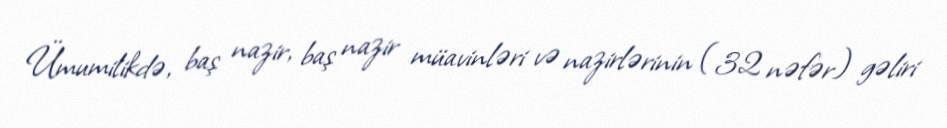
Ümumilikdə, baş nazir, baş nazir müavinləri və nazirlərinin (32 nəfər) gəliri